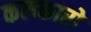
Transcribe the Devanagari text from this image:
कलकारों